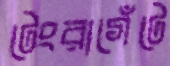
টেংরাগেঁটে